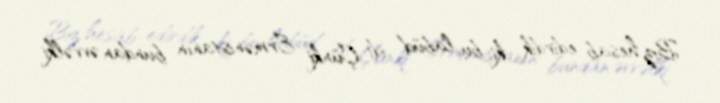
Biz hesab edirdik ki, bu, labüd idi. Çünki Ermənistanın bundan əvvəlki